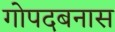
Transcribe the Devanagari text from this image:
गोपदबनास